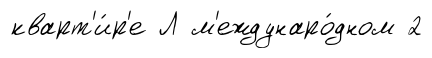
кварт'и́р'е Л м'еждунаро́дном 2